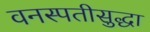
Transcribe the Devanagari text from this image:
वनस्पतीसुद्धा